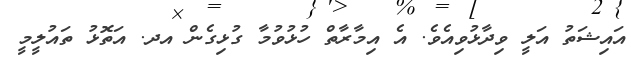
އައިޝަތު އަލީ ވިދާޅުވިއެވެ. އެ އިމާރާތް ހުޅުވުމާ ގުޅިގެން އދ. އަތޮޅު ތައުލީމީ